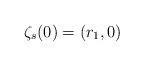
LaTeX: \begin{align*}\zeta_s(0)=(r_1,0)\end{align*}